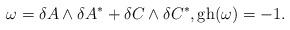
LaTeX: \begin{align*}\omega=\delta A\wedge \delta A^\ast+\delta C\wedge \delta C^\ast ,\operatorname{gh}(\omega)=-1 .\end{align*}